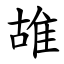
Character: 䧸